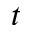
t